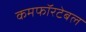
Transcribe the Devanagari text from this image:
कमफॉरटेबल